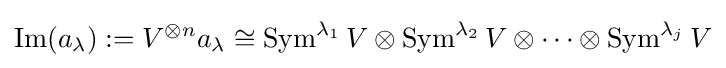
\operatorname {Im} (a_{\lambda }):=V^{\otimes n}a_{\lambda }\cong \operatorname {Sym} ^{\lambda _{1}}V\otimes \operatorname {Sym} ^{\lambda _{2}}V\otimes \cdots \otimes \operatorname {Sym} ^{\lambda _{j}}V